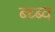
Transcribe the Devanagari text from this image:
ब्च्ब्व